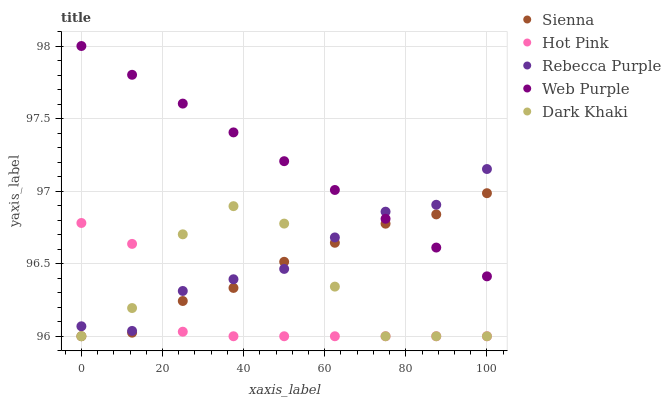
| xaxis_label | Sienna | Hot Pink | Rebecca Purple | Web Purple | Dark Khaki |
 | --- | --- | --- | --- | --- | --- |
 | 0 | 96 | 96.8 | 96.1 | 98 | 96 |
 | 12.5 | 96 | 96.6 | 96 | 97.8 | 96.2 |
 | 25 | 96.2 | 96 | 96.3 | 97.6 | 96.7 |
 | 37.5 | 96.3 | 96 | 96.4 | 97.4 | 96.9 |
 | 50 | 96.5 | 96 | 96.5 | 97.2 | 96.8 |
 | 62.5 | 96.6 | 96 | 96.7 | 97 | 96.3 |
 | 75 | 96.8 | 96 | 96.9 | 96.8 | 96 |
 | 87.5 | 96.8 | 96 | 96.9 | 96.6 | 96 |
 | 100 | 97 | 96 | 97.2 | 96.4 | 96 |